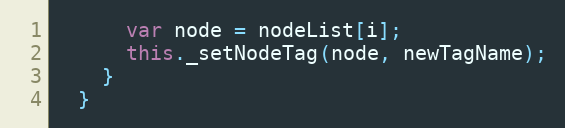
Language: JavaScript
      var node = nodeList[i];
      this._setNodeTag(node, newTagName);
    }
  }